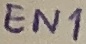
Text: EN1